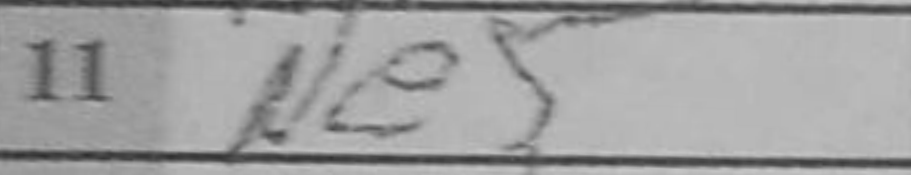
Transcription: Ne5